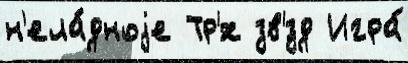
н'ела́дноjе Тр'́х зв'́зд Игра́